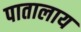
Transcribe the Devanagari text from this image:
पातालाय